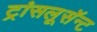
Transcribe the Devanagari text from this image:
ट्रांसलूसॅन्ट